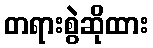
တရားစွဲဆိုထား